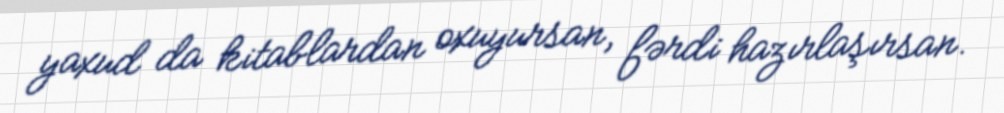
yaxud da kitablardan oxuyursan, fərdi hazırlaşırsan.